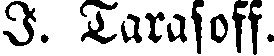
I. Tarasoff.